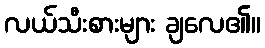
လယ်သီးစားများ ချလေ၏။